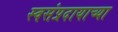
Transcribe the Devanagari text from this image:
स्वसंप्रदायाच्या